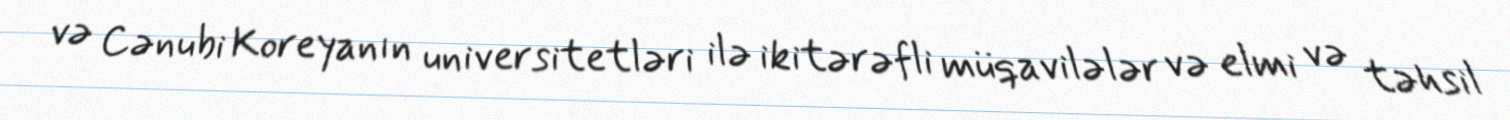
və Cənubi Koreyanın universitetləri ilə ikitərəfli müqavilələr və elmi və təhsil